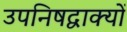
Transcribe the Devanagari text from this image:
उपनिषद्वाक्यों